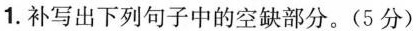
1. 补写出下列句子中的空缺部分。(5分)